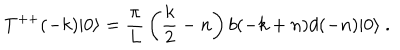
T ^ { + + } ( - k ) | 0 \rangle = { \frac { \pi } { L } } \left( { \frac { k } { 2 } } - n \right) b ( - k + n ) d ( - n ) | 0 \rangle \ .